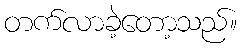
တက်လာခဲ့တော့သည်။